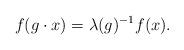
LaTeX: \begin{align*}f(g\cdot x) = \lambda(g)^{-1}f(x).\end{align*}